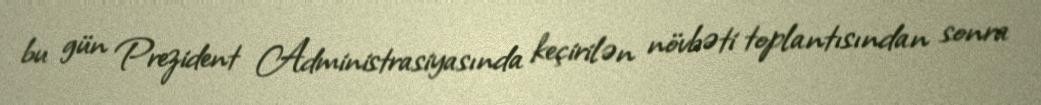
bu gün Prezident Administrasiyasında keçirilən növbəti toplantısından sonra